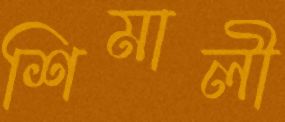
শিমালী